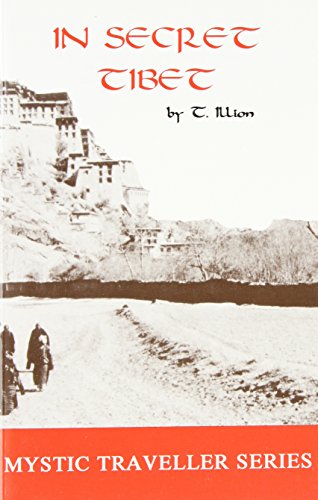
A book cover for In Secret Tibet (Mystic Travellers Series); Theodore Illion; Travel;